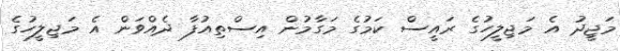
މަޖީދު އެ މަޖިލީހުގެ ރައީސް ކަމުގެ މަގާމުން އިސްތިއުފާ ދެއްވަން އެ މަޖިލީހުގެ